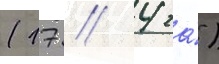
(17 / 4 га́)